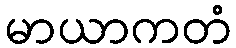
မာယာကတံ